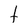
Character: t